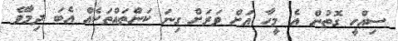
ސިއްހީ ގޮތުން އެ މީހާ އަށް ވަރަށް ގިނަ ކަންތައްތަކެއް އެބަ ދިމާވޭ